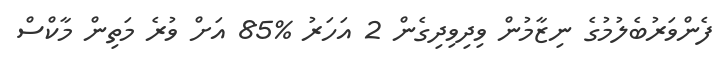
ފެންވަރުބެލުމުގެ ނިޒާމުން ވިދިވިދިގެން 2 އަހަރު %85 އަށް ވުރެ މަތިން މާކްސް